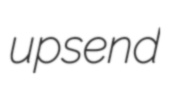
upsend